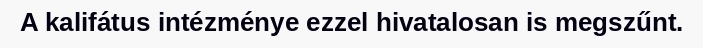
A kalifátus intézménye ezzel hivatalosan is megszűnt.